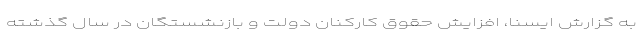
به گزارش ایسنا، افزایش حقوق کارکنان دولت و بازنشستگان در سال گذشته